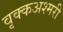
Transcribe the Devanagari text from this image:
वृक्कअश्मरी